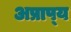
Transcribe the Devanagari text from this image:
अप्राप्‍य